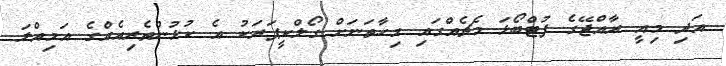
އަދި މިއީ ރާއްޖޭގެ ފުޓްބޯޅަ މެޗެއްގައި މިހާތަނަށް ގޯލްކީޕަރަކު އެ ކުޅުންތެރިއެއްގެ އަމިއްލަ